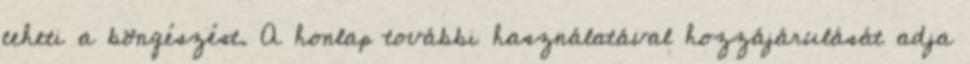
teheti a böngészést. A honlap további használatával hozzájárulását adja